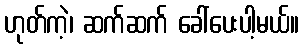
ဟုတ်ကဲ့၊ ဆက်ဆက် ခေါ်ပေးပါ့မယ်။